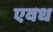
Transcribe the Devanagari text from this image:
एवध